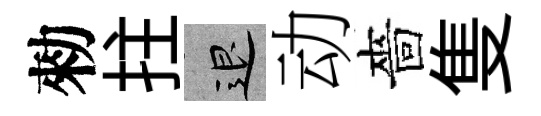
勑拄退动嗇隻